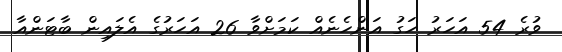
ވުރެ 54 އަހަރު ހަގު އަންހެނެއް ކަމަށްވާ 26 އަހަރުގެ އެލައިން ބާޓަންއާ